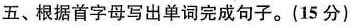
五、根据首字母写出单词完成句子.(15 分)